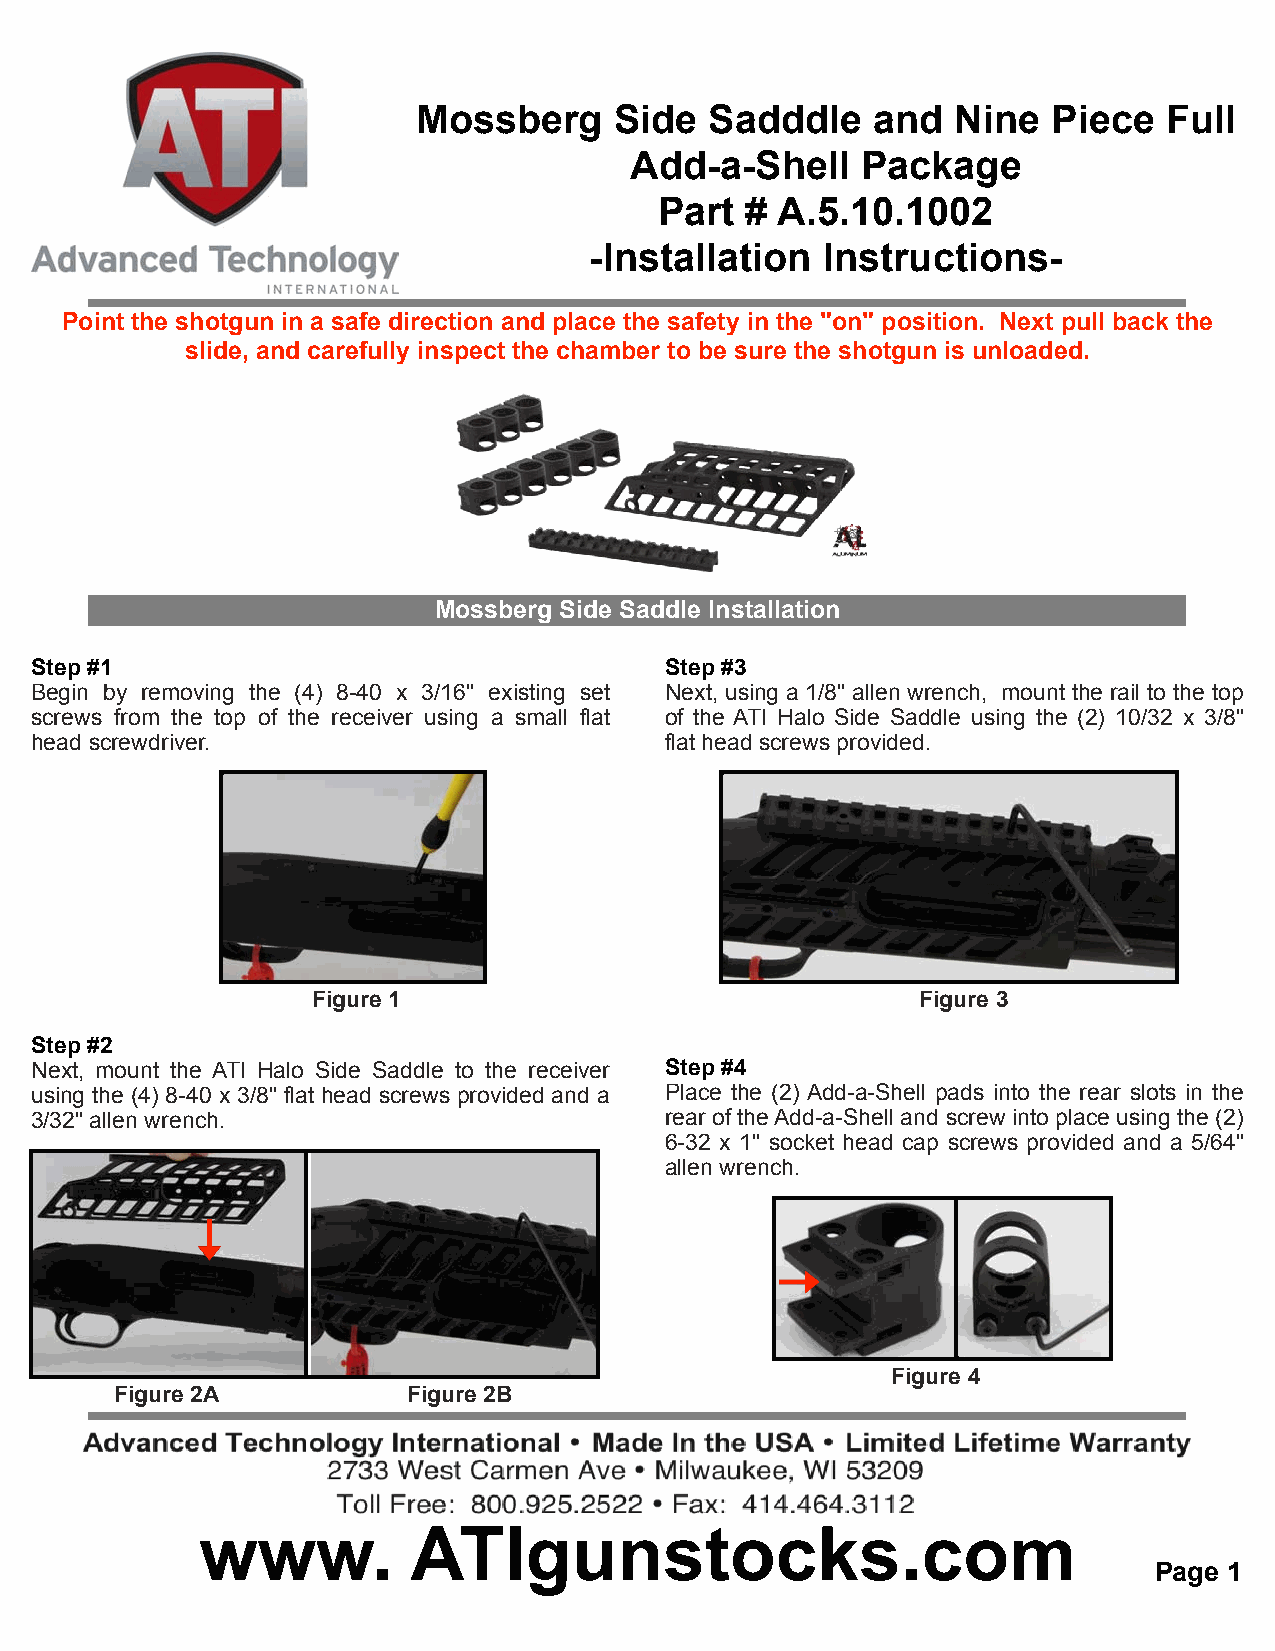
Mossberg     Side  Sadddle    and  Nine   Piece  Full
 Add-a-Shell    Package
 Part # A.5.10.1002
 -Installation  Instructions-
 Point the shotgun in a safe direction and place the safety in the "on" position. Next pull back the
 slide, and carefully inspect the chamber to be sure the shotgun is unloaded.
 Mossberg Side Saddle Installation
 Step #1                                   Step #3
 Begin by removing the (4) 8-40 x 3/16" existing set Next, using a 1/8" allen wrench, mount the rail to the top
 screws from the top of the receiver using a small flat of the ATI Halo Side Saddle using the (2) 10/32 x 3/8"
 head screwdriver.                         flat head screws provided.
 Figure 1                                Figure 3
 Step #2
 Next, mount the ATI Halo Side Saddle to the receiver Step #4
 using the (4) 8-40 x 3/8" flat head screws provided and a Place the (2) Add-a-Shell pads into the rear slots in the
 3/32" allen wrench.                       rear of the Add-a-Shell and screw into place using the (2)
 6-32 x 1" socket head cap screws provided and a 5/64"
 allen wrench.
 Figure 4
 Figure 2A          Figure 2B
 www.          ATIgunstocks.com
 Page 1